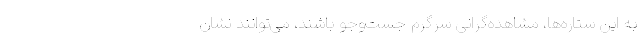
به این ستاره‌ها، مشاهده‌گرانی سرگرم جست‌وجو باشند، می‌توانند نشان